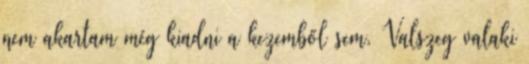
nem akartam még kiadni a kezemből sem. Valszeg valaki